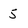
Character: 5